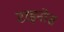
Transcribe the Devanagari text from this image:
टाइनोस